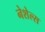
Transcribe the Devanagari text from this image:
नेशेल्स